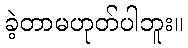
ခဲ့တာမဟုတ်ပါဘူး။